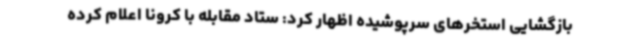
بازگشایی استخرهای سرپوشیده اظهار کرد: ستاد مقابله با کرونا اعلام کرده